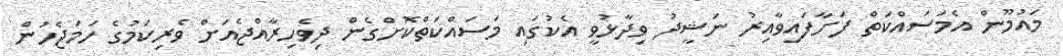
މައުމޫން އެމަސައްކަތް ފަށާފައިވާއިރު ނަޝީދު ވިދާޅުވީ އެކުގައި މަސައްކަތްކޮށްގެން ދިވެހިރާއްޖެއަށް ވެރިކަމުގެ ހަމަޖެހުން